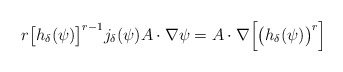
\begin{align*}r\big[h_{\delta}(\psi)\big]^{r-1}j_{\delta}(\psi) A\cdot \nabla\psi=A\cdot\nabla\Big[\big(h_{\delta}(\psi)\big)^r\Big]\end{align*}